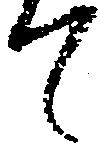
て